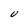
Character: V